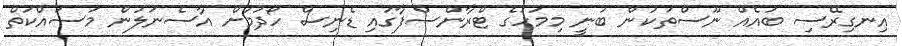
އިނގިރޭސި ބައެއް ނޫސްތަކުން ބުނީ މިމަހުގެ ޓްރާންސްފާގައި ޑެނިސް ހޯދުމަށް އާސެނަލުން މަސައްކަތް